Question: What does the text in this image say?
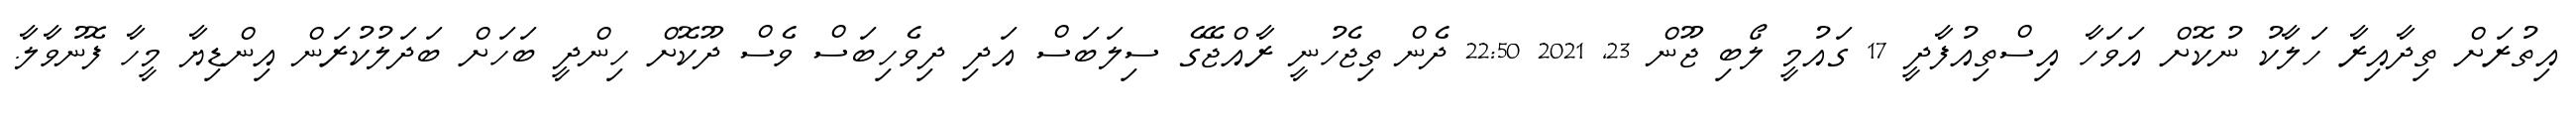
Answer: އިތުރަށް ތިދާއިރާ ހަލާކު ނުކޮށް އަވަހާ އިސްތިއުފާދީ 17 ގައުމީ ލޯބި ޖޫން 23, 2021 22:50 ދެން ތިޖެހުނީ ރާއްޖޭގެ ސިލަބަސް އަދި ދިވެހިބަސް ވެސް ދޫކޮށް ހިންދީ ބަހަށް ބަދަލުކުރަން އިންޑިޔާ މީހާ ފޮނުވާލާ.